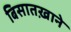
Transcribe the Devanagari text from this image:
बिसातख़ाने